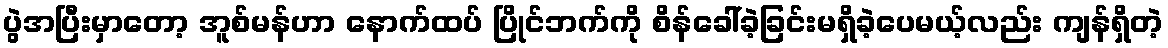
ပွဲအပြီးမှာတော့ အူစ်မန်ဟာ နောက်ထပ် ပြိုင်ဘက်ကို စိန်ခေါ်ခဲ့ခြင်းမရှိခဲ့ပေမယ့်လည်း ကျန်ရှိတဲ့